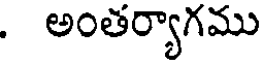
, అంతర్యాగము